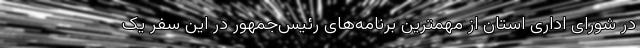
در شورای اداری استان از مهمترین برنامه‌های رئیس‌جمهور در این سفر یک